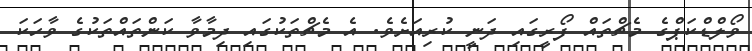
ވޯލްޑްކަޕްގެ މެޗްތައް ފޯރީގައި ދަނީ ކުރިއަށެވެ. އެ މެޗްތަކުގައި ދިމާވާ ކަންތައްތަކުގެ ވާހަކަ